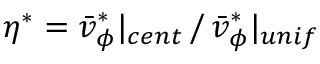
\eta ^ { * } = \bar { v } _ { \phi } ^ { * } | _ { c e n t } \, / \, \bar { v } _ { \phi } ^ { * } | _ { u n i f }